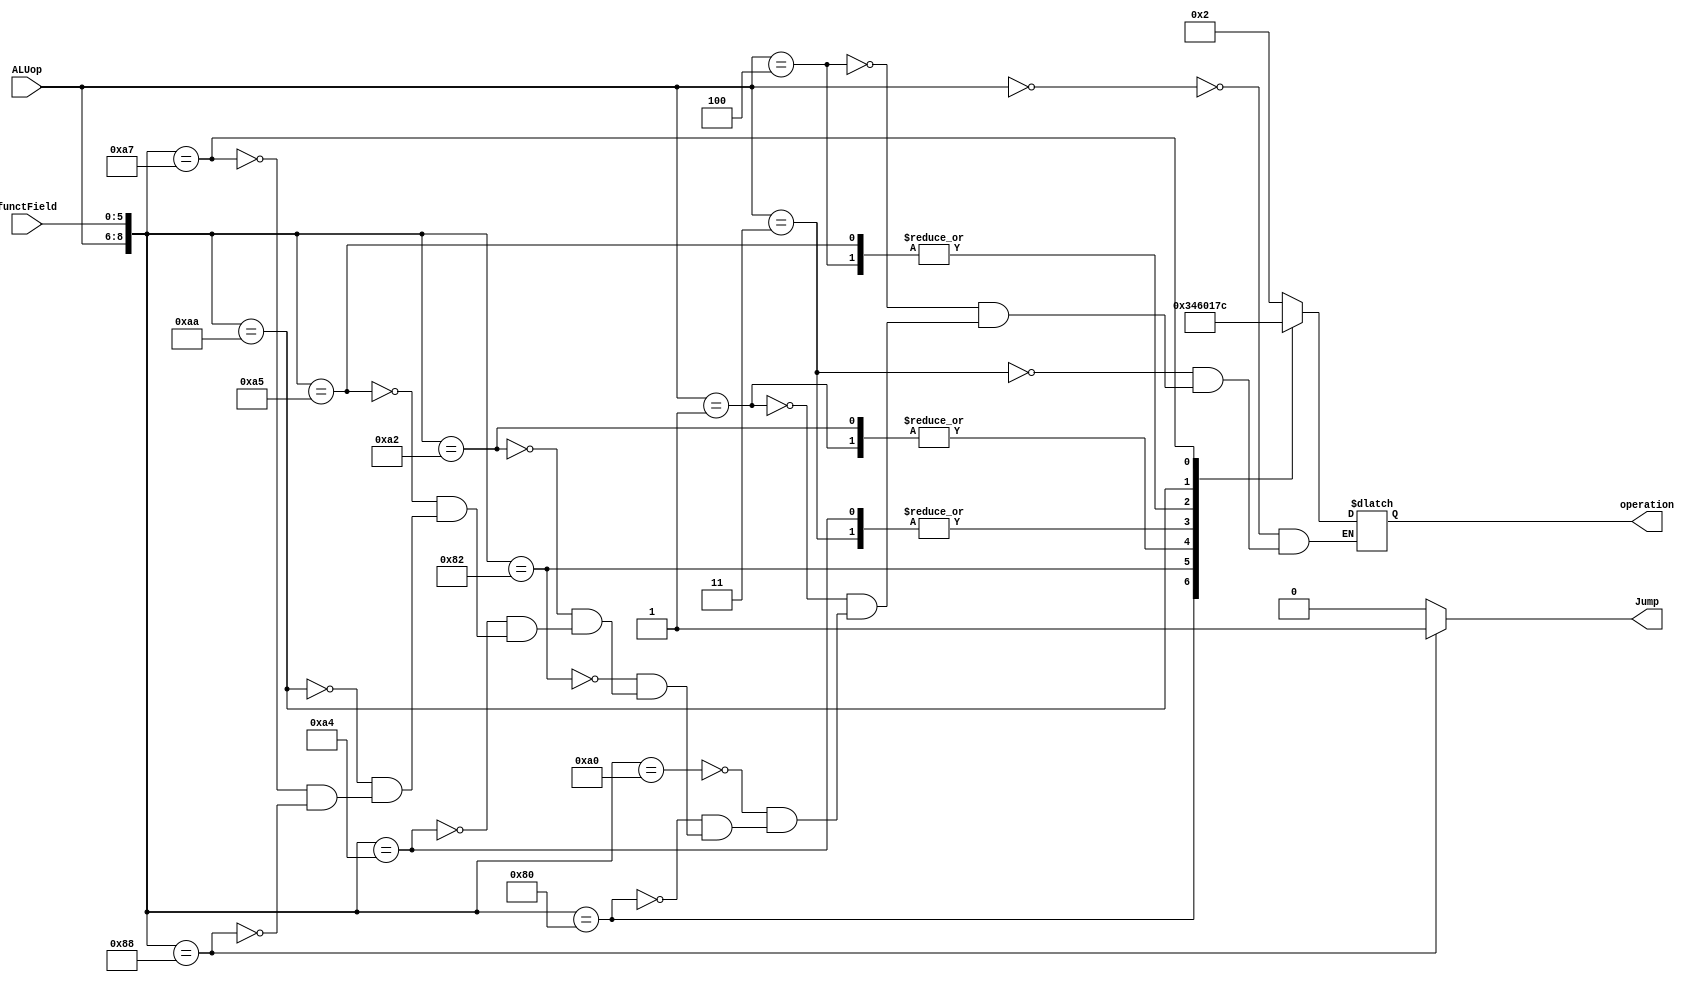
`timescale 1ns / 1ps
//////////////////////////////////////////////////////////////////////////////////
// Company: 
// Engineer: 
// 
// Design Name: 
// Module Name: ALUCtr
// Project Name: 
// Target Devices: 
// Tool Versions: 
// Description: 
// 
// Dependencies: 
// 
// Revision:
// Revision 0.01 - File Created
// Additional Comments:
// 
//////////////////////////////////////////////////////////////////////////////////


module ALUCtr(
    input [2:0] ALUop,
    input [5:0] functField,
    output reg [3:0] operation,
    output reg Jump
    );
    always @ (ALUop or functField)
    begin 
        Jump=0;
        casex({ALUop,functField})
            9'b000xxxxxx:operation=4'b0010;//lw,sw,addi,jump,jal
            9'b011xxxxxx:operation=4'b0000;//andi
            9'b100xxxxxx:operation=4'b0001;//ori
            
            9'b001xxxxxx:operation=4'b0110;//beq
            9'b010100000:operation=4'b0010;//add
            9'b010000000:operation=4'b0011;//sll
            9'b010000010:operation=4'b0100;//srl
            9'b010100010:operation=4'b0110;//subtract
            9'b010100100:operation=4'b0000;//and
            9'b010100101:operation=4'b0001;//or
            9'b010101010:operation=4'b0111;//slt
            9'b010100111:operation=4'b1100;//nor
            9'b010001000:
            begin
            operation=4'b0010;//jr
            Jump=1;
            end
        endcase
    end
endmodule